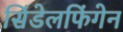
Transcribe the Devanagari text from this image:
सिंडेलफिंगेन